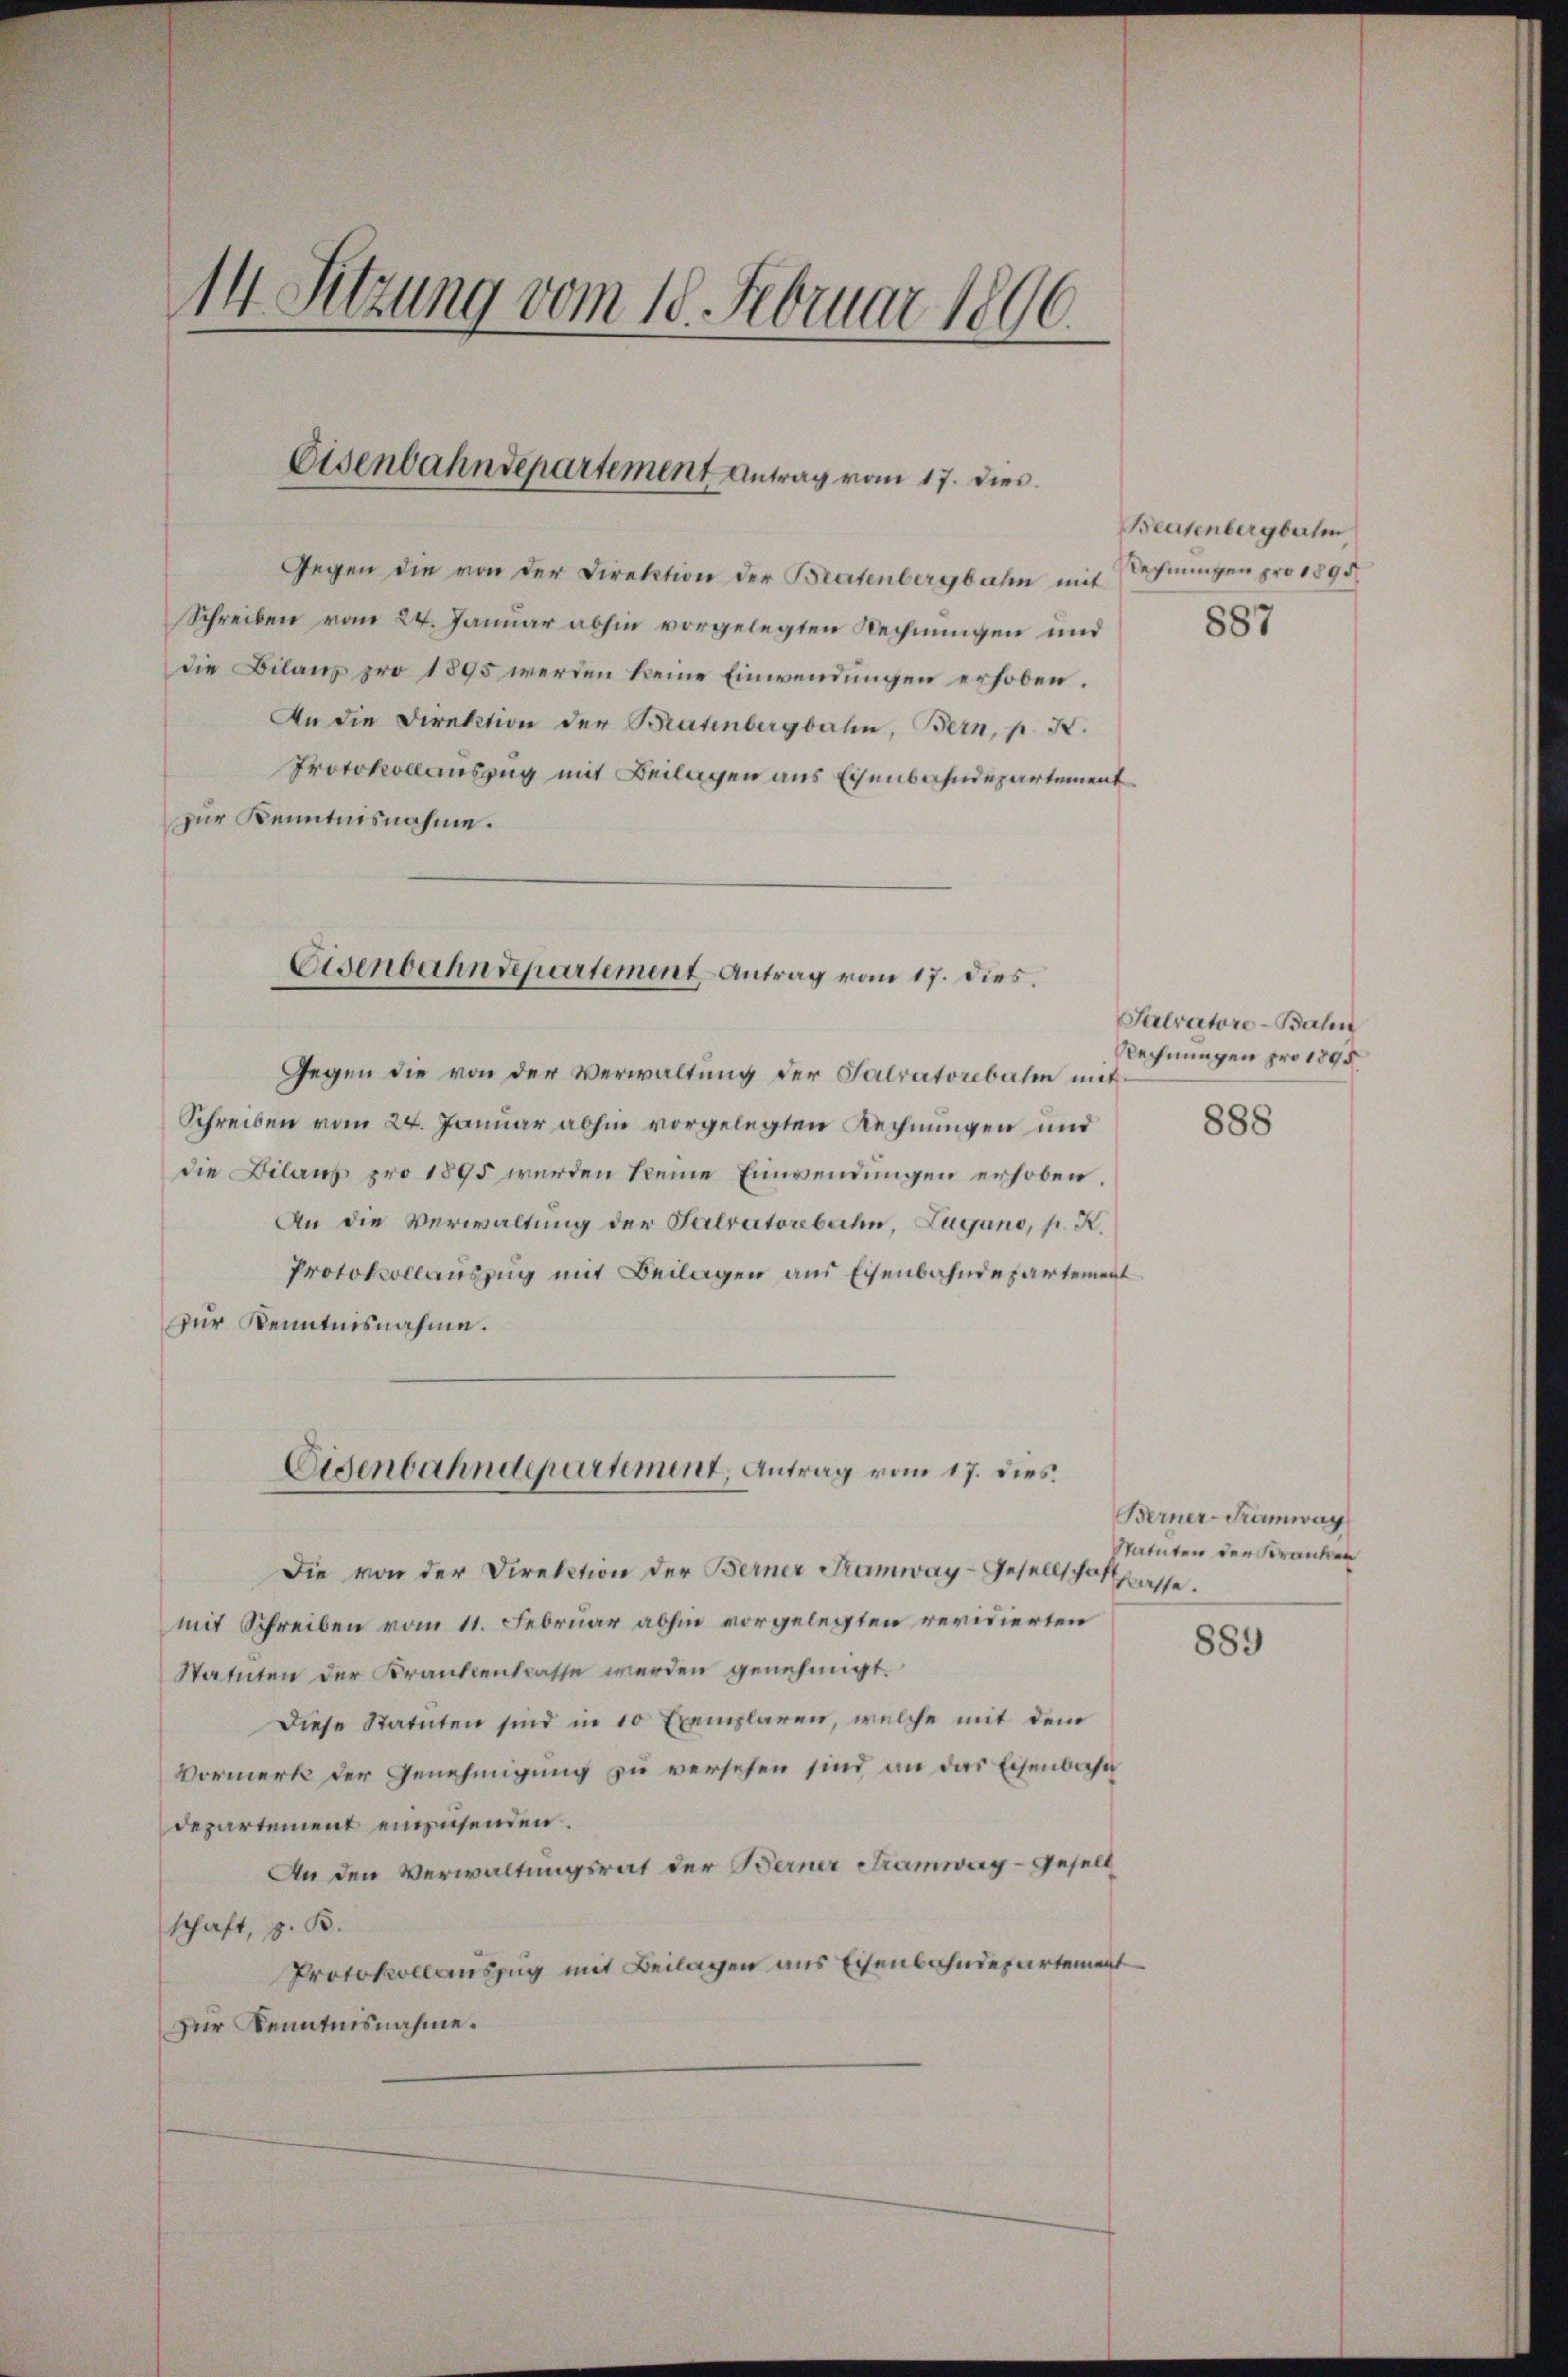
14 Sitzung vom 10. Februar 1896.

Gegen die von der Direktion der Bratenbergbahn mit Rechnungen pro 1895
Schreiben vom 24. Januar abhin vorgelegten Rechnungen und
die Bilanz pro 1895 werden keine Einwendungen erhoben.
An die Direktion der Bratenbergbahn, Bern, p. X.
Protokollauszug mit Beilagen aus Eisenbahndepartement
zur Kenntnisnahme.

Eisenbahndepartement Antrag vom 17. dies

Eisenbahndepartement Antrag vom 17. dies.

Gegen die von der Verwaltung der Salvatorebahn mit
Schreiben vom 24. Januar abhin vorgelegten Rechnungen und
die Bilanz pro 1895 wurden keine Einwendungen erhoben.
An die Verwaltung der Salratorebahn, Zugano, p. K.
Protokollauszug mit Beilagen aus Eisenbahndepartement
zur Kenntnisnahme.

Eisenbahndepartement, Antrag vom 17. dies

Beasenbergbahn

887

Salvatore Bahn
Rechnungen pro 1895.

Die von der Direktion der Berner Tramway-Gesellschofsasse.
mit Schreiben vom 11. Februar abhin vorgelegten revidierten
Statuten der Krankentlasse werden genehmigt.
Diese Statuten sind in 10 Exemplaren, welche mit dem
Vormerk der Genehmigung zu versehen sind an das Eisenbahn
departement einzusenden.
An den Verwaltungsrat der Berner Tramwag – gesell
schaft, z. B.
Protokollauszug mit Beilagen aus Eisenbahndepartement
zur Kenntnisnahme.

888

Berner-Tramwag
Statuten der Kranken

889